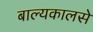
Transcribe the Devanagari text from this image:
बाल्यकालसे